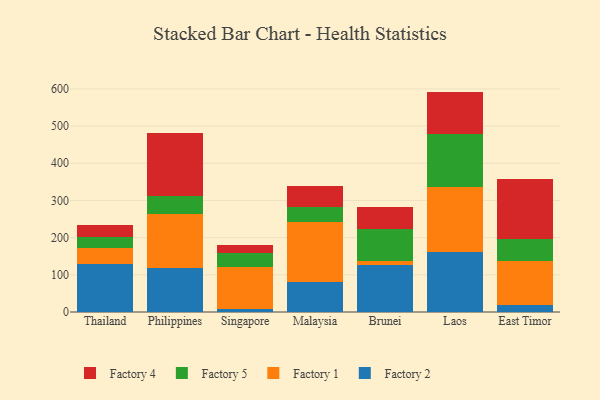
{"axis": {"x": "Country", "y": "Gross Profit (USD K)"}, "legend": ["Factory 1", "Factory 2", "Factory 4", "Factory 5"], "data": [{"x": "Thailand", "y": 128.6, "type": "Factory 2"}, {"x": "Thailand", "y": 42.5, "type": "Factory 1"}, {"x": "Thailand", "y": 30.6, "type": "Factory 5"}, {"x": "Thailand", "y": 33.0, "type": "Factory 4"}, {"x": "Philippines", "y": 119.7, "type": "Factory 2"}, {"x": "Philippines", "y": 143.7, "type": "Factory 1"}, {"x": "Philippines", "y": 48.6, "type": "Factory 5"}, {"x": "Philippines", "y": 169.7, "type": "Factory 4"}, {"x": "Singapore", "y": 7.7, "type": "Factory 2"}, {"x": "Singapore", "y": 112.2, "type": "Factory 1"}, {"x": "Singapore", "y": 38.8, "type": "Factory 5"}, {"x": "Singapore", "y": 21.7, "type": "Factory 4"}, {"x": "Malaysia", "y": 82.0, "type": "Factory 2"}, {"x": "Malaysia", "y": 159.8, "type": "Factory 1"}, {"x": "Malaysia", "y": 40.9, "type": "Factory 5"}, {"x": "Malaysia", "y": 56.1, "type": "Factory 4"}, {"x": "Brunei", "y": 126.1, "type": "Factory 2"}, {"x": "Brunei", "y": 10.8, "type": "Factory 1"}, {"x": "Brunei", "y": 87.4, "type": "Factory 5"}, {"x": "Brunei", "y": 57.3, "type": "Factory 4"}, {"x": "Laos", "y": 161.1, "type": "Factory 2"}, {"x": "Laos", "y": 175.3, "type": "Factory 1"}, {"x": "Laos", "y": 142.0, "type": "Factory 5"}, {"x": "Laos", "y": 114.4, "type": "Factory 4"}, {"x": "East Timor", "y": 18.6, "type": "Factory 2"}, {"x": "East Timor", "y": 119.8, "type": "Factory 1"}, {"x": "East Timor", "y": 57.8, "type": "Factory 5"}, {"x": "East Timor", "y": 162.5, "type": "Factory 4"}]}